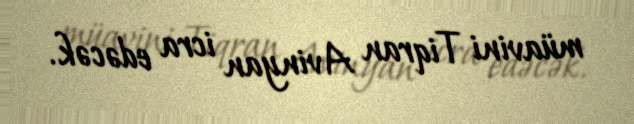
müavini Tiqran Avinyan icra edəcək.